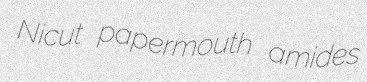
Nicut papermouth amides